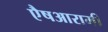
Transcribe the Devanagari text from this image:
एैषआरामी